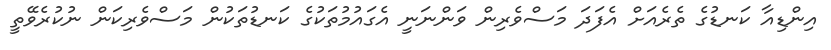
އިންޑިއާ ކަނޑުގެ ތެރެއަށް އެފަދަ މަސްވެރިން ވަންނަނީ އެގައުމުތަކުގެ ކަނޑުތަކުން މަސްވެރިކަން ނުކުރެވޭތީ